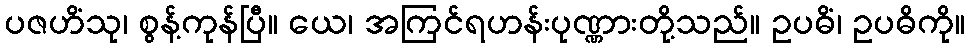
ပဇဟိံသု၊ စွန့်ကုန်ပြီ။ ယေ၊ အကြင်ရဟန်းပုဏ္ဏားတို့သည်။ ဥပဓိံ၊ ဥပဓိကို။